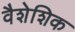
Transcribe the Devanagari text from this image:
वैशेशिक